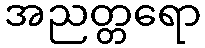
အညတ္တရော